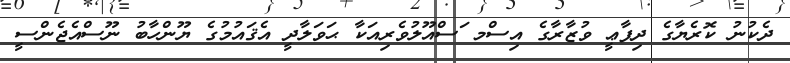
ދެކުނު ކޮރެޔާގެ ދިފާޢީ ވުޒާރާގެ އިސްމ ަސްއޫލުވެރިއަކާ ޙަވަލާދީ އެޤައުމުގެ ޔޫންހާބު ނޫސްއެޖެންސީ